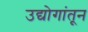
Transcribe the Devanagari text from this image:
उद्योगांतून